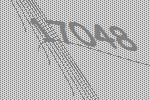
17048